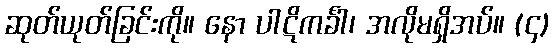
ဆုတ်ယုတ်ခြင်းကို။ နော ပါဋိကင်္ခါ၊ အလိုမရှိအပ်။ (၄)